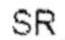
SR